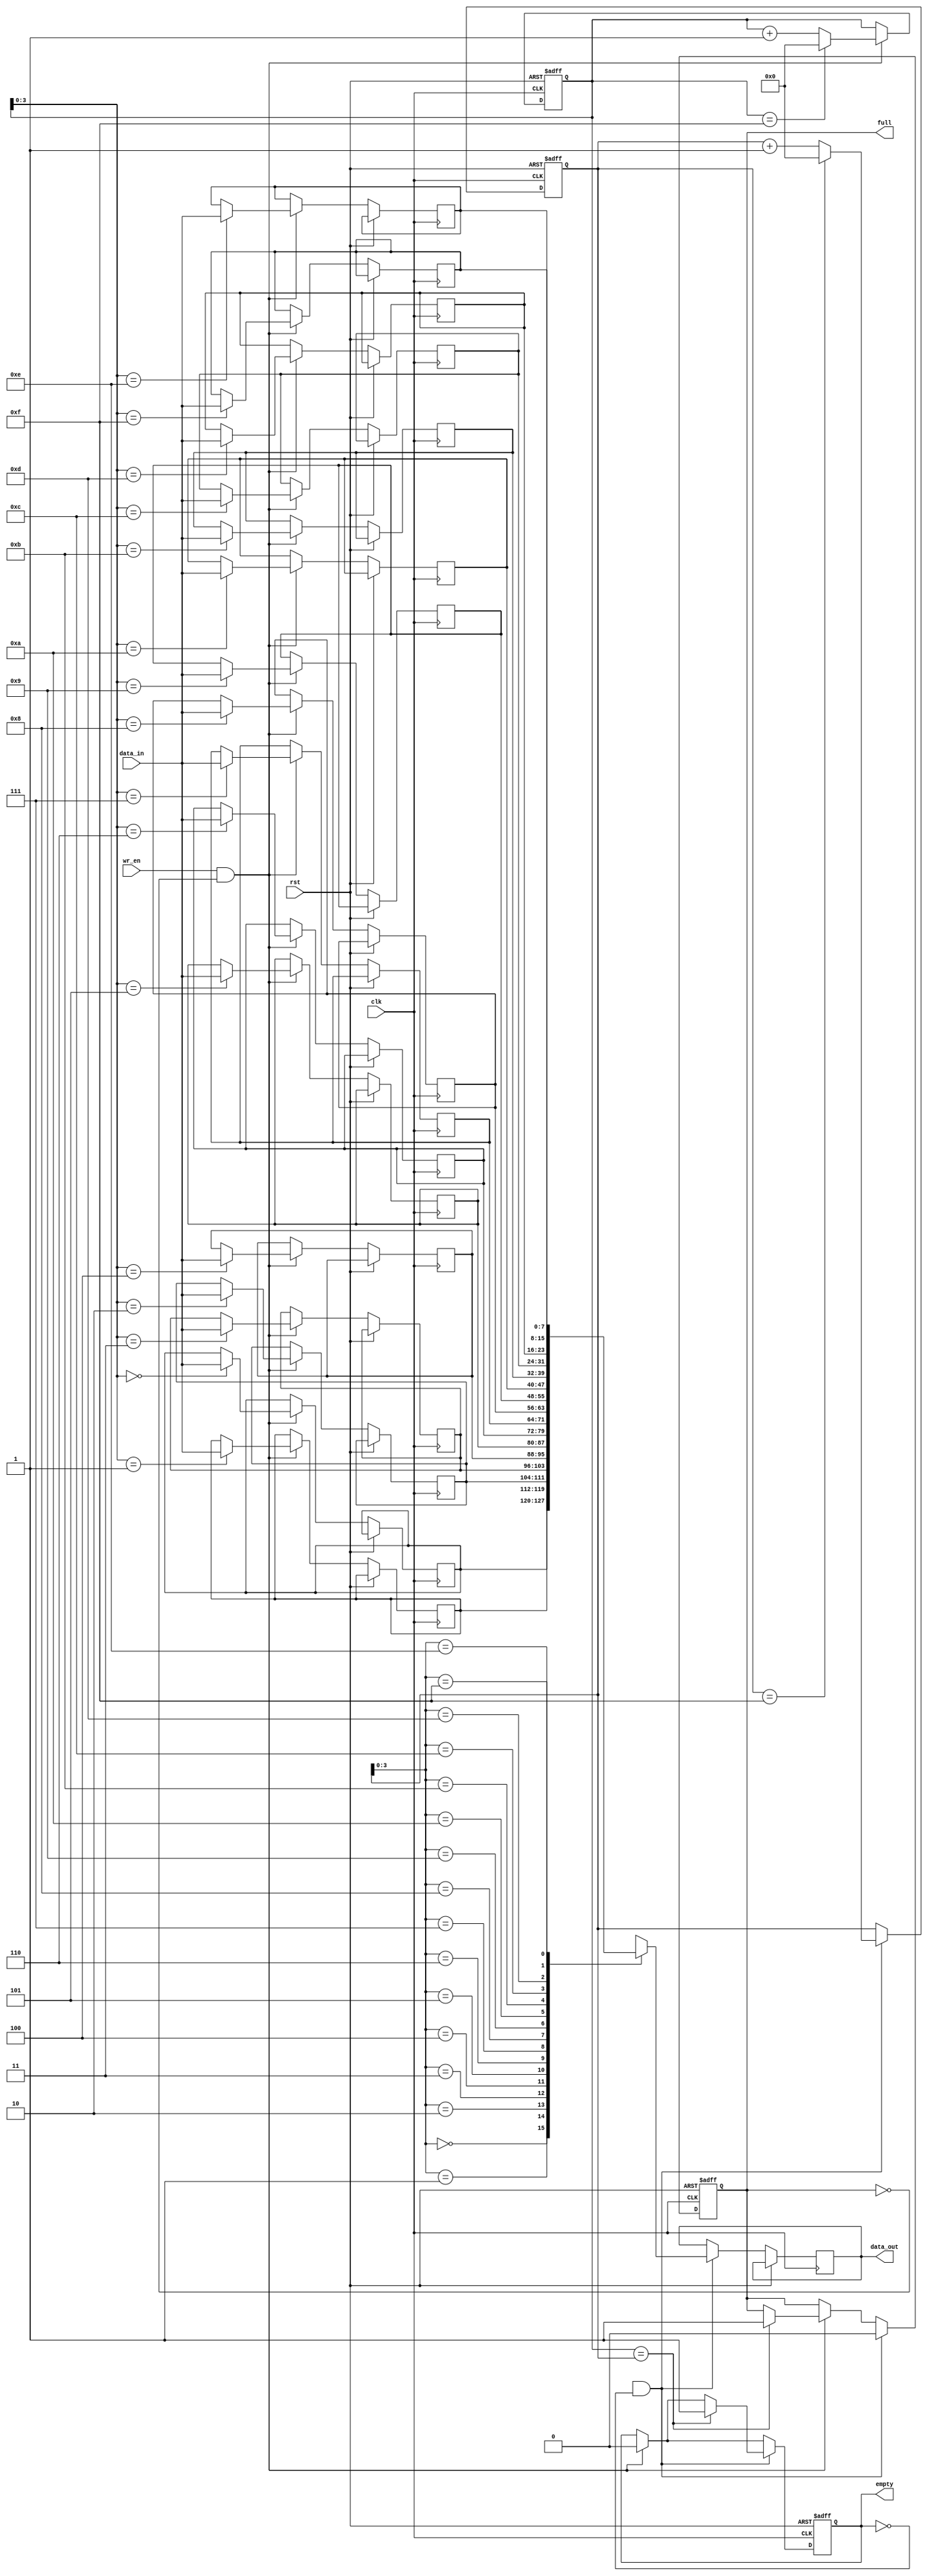
module fifo(
    input wire clk,
    input wire rst,
    input wire wr_en,
    input wire [DATA_WIDTH-1:0] data_in,
    output wire [DATA_WIDTH-1:0] data_out,
    output wire full,
    output wire empty
);

parameter DEPTH = 16;
parameter DATA_WIDTH = 8;

reg [DATA_WIDTH-1:0] memory [0:DEPTH-1];
reg [DATA_WIDTH-1:0] data_out;
reg [4:0] wr_ptr, rd_ptr;
reg full, empty;

always @(posedge clk or posedge rst) begin
    if (rst) begin
        wr_ptr <= 0;
        rd_ptr <= 0;
        full <= 0;
        empty <= 1;
    end else begin
        if (wr_en && !full) begin
            memory[wr_ptr] <= data_in;
            wr_ptr <= wr_ptr + 1;
            if (wr_ptr == DEPTH-1)
                wr_ptr <= 0;
            if (wr_ptr == rd_ptr)
                full <= 1;
            empty <= 0;
        end
        if (rd_en && !empty) begin
            data_out <= memory[rd_ptr];
            rd_ptr <= rd_ptr + 1;
            if (rd_ptr == DEPTH-1)
                rd_ptr <= 0;
            if (wr_ptr == rd_ptr)
                empty <= 1;
            full <= 0;
        end
    end
end

endmodule